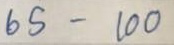
65 - 100